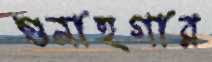
গুনাহগার